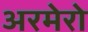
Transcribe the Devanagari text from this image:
अरमेरो